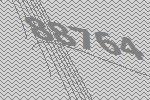
88764